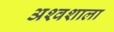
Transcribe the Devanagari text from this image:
अश्‍वशाला